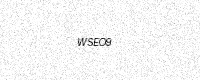
Text: WSEO9